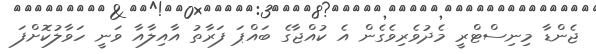
ޖެންޑާ މިނިސްޓްރީ މެދުވެރިވެގެން އެ ކުއްޖާގެ ބައްޕަ ފަރާތު އާއިލާއާ ވަނީ ހަވާލުކޮށްފަ